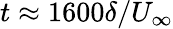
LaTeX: t\approx 1600\delta/U_{\infty}